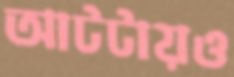
আটটায়ও